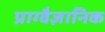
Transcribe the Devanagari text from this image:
प्राग्वैज्ञानिक